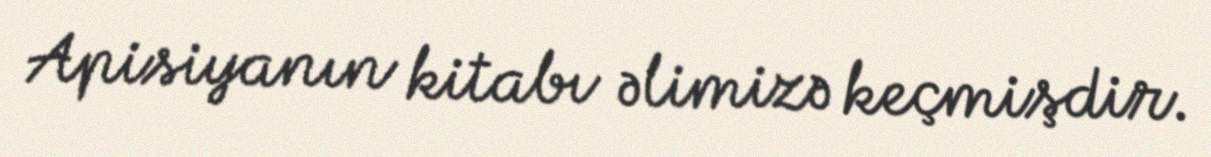
Apisiyanın kitabı əlimizə keçmişdir.